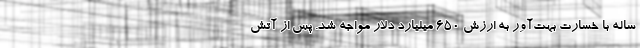
ساله با خسارت بهت‌آور به ارزش ۶۵۰ میلیارد دلار مواجه شد. پس از آتش